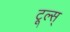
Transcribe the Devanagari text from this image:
टूल्स्